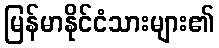
မြန်မာနိုင်ငံသားများ၏